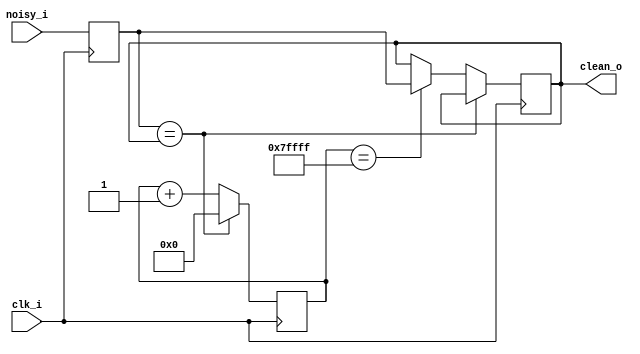
// CPEN 230L lab 10 switch debouncer
// Rick Nungester 3/19/16

module debouncer (
  input      clk_i,         // 50 MHz clock
  input      noisy_i,       // noisy switch signal to debounce
  output reg clean_o );     // clean delayed switch state (Why reg?)

  // Procedural assignment statements, like those in an "always" block,
  // must assign to a variable (type reg or integer).  By making output
  // clean_o type reg, it can be assigned to in an always block.  This
  // could also be accomplished by declaring a separate reg
  // (e.g. clean_r), using it in the always block, and adding "assign
  // clean_o = clean_r" outside the always block.

  // 1/50e6 s/period * 2^19 periods ~= 10.5 ms default debounce time.
  // This is a parameter so it can be overridden in simulation
  // code, or in situations where 10.5 ms is too long or short.
  parameter cnt_bits = 19;

  reg [cnt_bits-1:0] sw_cnt = 1'b0;  // debounce delay counter
  reg sw_now;               // switch state at each posedge clk_i

  always @(posedge clk_i) begin
    sw_now <= noisy_i;      // sample current noisy switch state
    if (sw_now == clean_o)  // usual case, switch is stable
      sw_cnt <= 0;
    else begin              // debounce case, a switch toggle
      sw_cnt <= sw_cnt + 1'b1;
      if(sw_cnt == {cnt_bits{1'b1}})  // 2^cnt_bits - 1
        clean_o <= sw_now;  // if stable, change output
    end
  end
endmodule